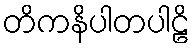
တိကနိပါတပါဠိ